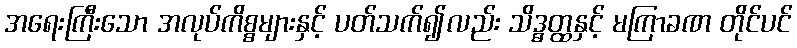
အရေးကြီးသော အလုပ်ကိစ္စများနှင့် ပတ်သက်၍လည်း သိဒ္ဓတ္ထနှင့် မကြာခဏ တိုင်ပင်